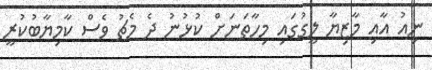
ނިއު އާއި މާޒިޔާ ލީގުގައި މިހާތަނަށް ކުޅުނު ދެ މެޗު ވެސް ކާމިޔާބުކުރީ